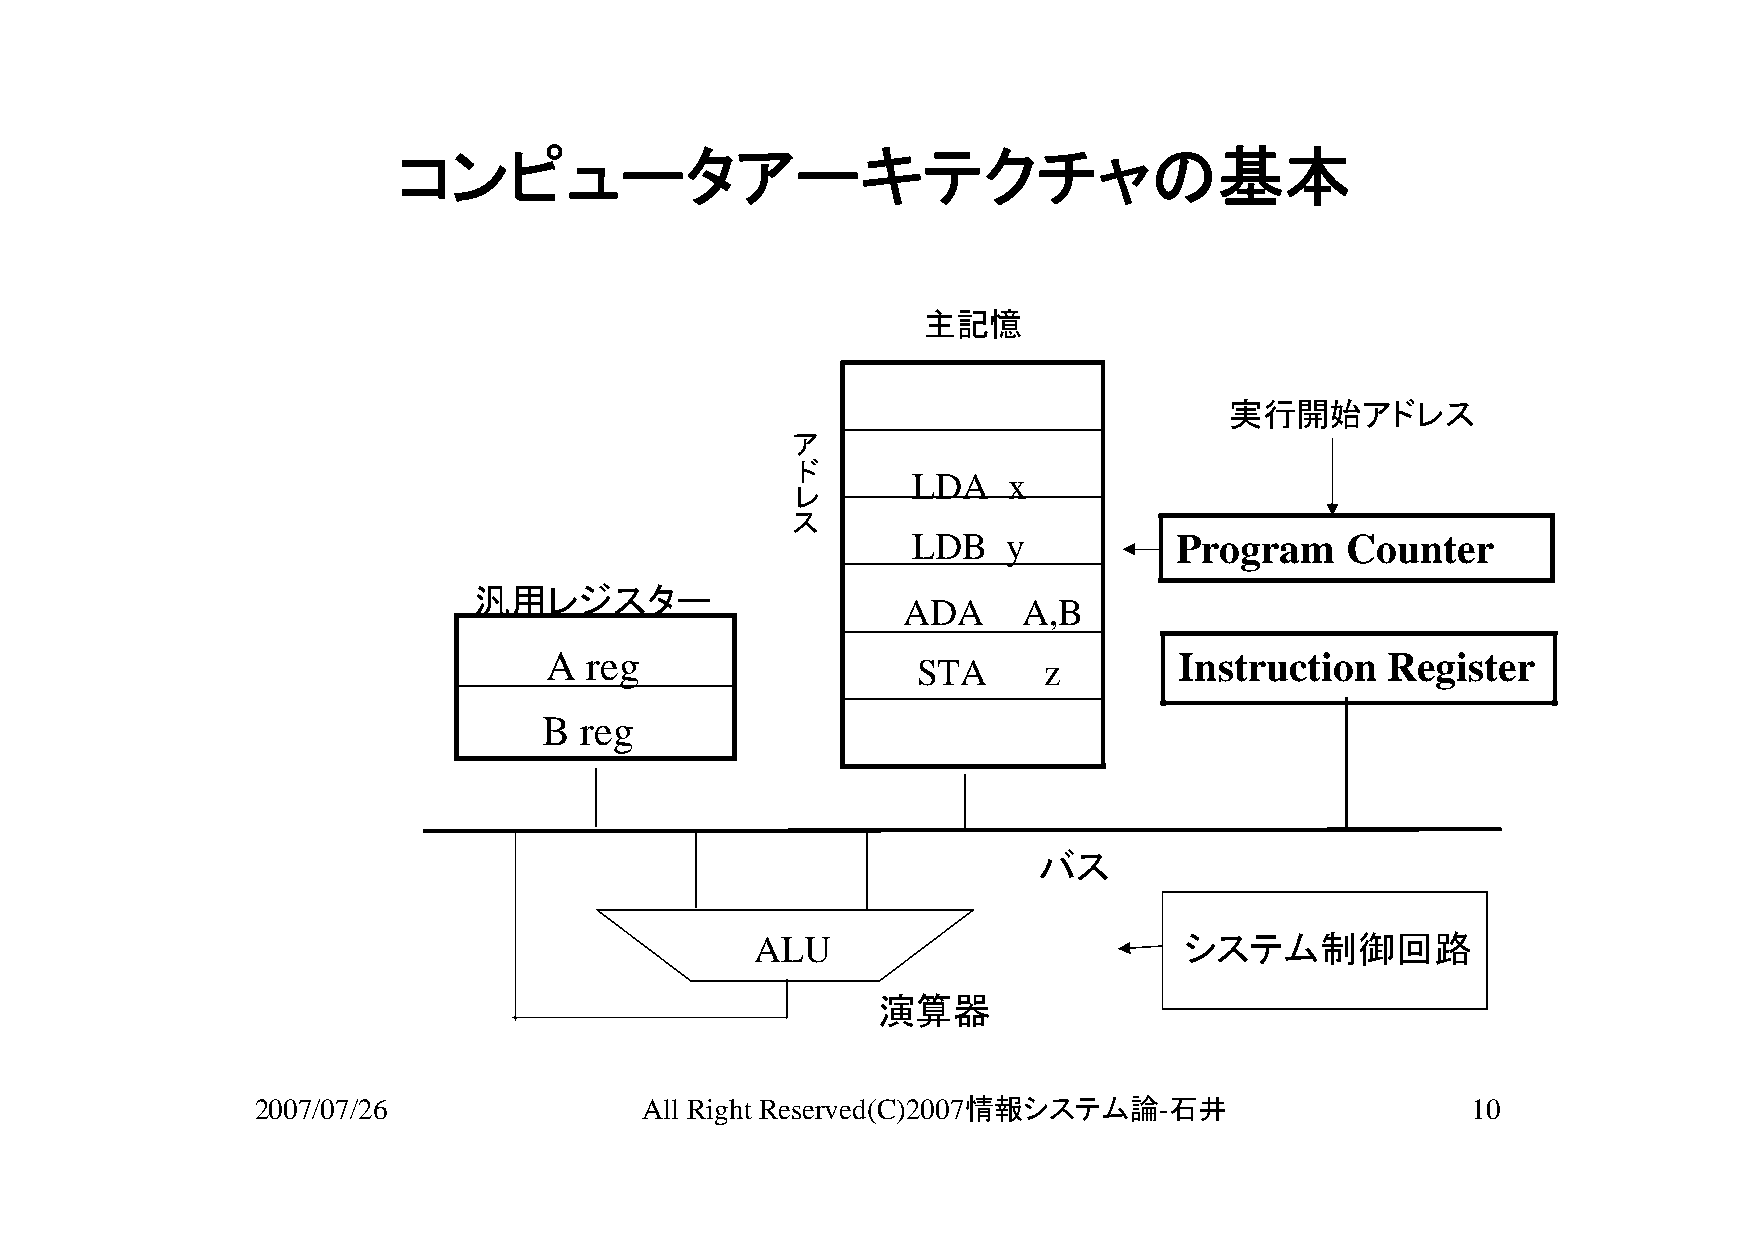
コンピュータアーキテクチャの基本
 主記憶
 実行開始アドレス
 ア
 ド
 LDA    x
 レ
 ス
 LDB    y          Program    Counter
 汎用レジスター
 ADA     A,B
 A  reg                                    Instruction   Register
 STA     z
 B reg
 バス
 ALU                         システム制御回路
 演算器
 2007/07/26               All Right Reserved(C)2007情報システム論-石井                    10